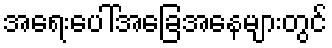
အရေးပေါ်အခြေအနေများတွင်